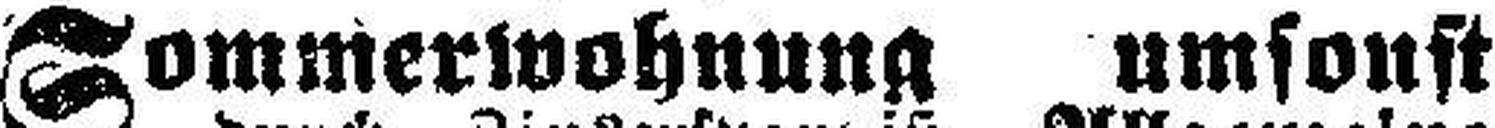
Sommerwohnung umsonst